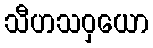
သီဟသဝှယော